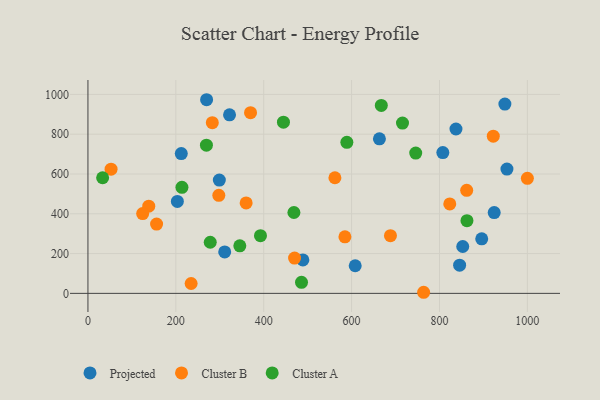
{"axis": {"x": "Study Hours", "y": "Profit"}, "legend": ["Cluster A", "Cluster B", "Projected"], "data": [{"x": "807.6", "y": 707.9, "type": "Projected"}, {"x": "837.5", "y": 826.1, "type": "Projected"}, {"x": "852.9", "y": 235.7, "type": "Projected"}, {"x": "608.2", "y": 138.8, "type": "Projected"}, {"x": "299.0", "y": 569.5, "type": "Projected"}, {"x": "924.5", "y": 406.3, "type": "Projected"}, {"x": "489.1", "y": 168.0, "type": "Projected"}, {"x": "322.2", "y": 897.4, "type": "Projected"}, {"x": "203.5", "y": 462.0, "type": "Projected"}, {"x": "311.2", "y": 208.4, "type": "Projected"}, {"x": "270.0", "y": 973.3, "type": "Projected"}, {"x": "948.8", "y": 951.5, "type": "Projected"}, {"x": "845.8", "y": 141.5, "type": "Projected"}, {"x": "212.4", "y": 702.6, "type": "Projected"}, {"x": "953.5", "y": 624.5, "type": "Projected"}, {"x": "896.1", "y": 274.1, "type": "Projected"}, {"x": "663.3", "y": 776.8, "type": "Projected"}, {"x": "470.2", "y": 177.2, "type": "Cluster B"}, {"x": "360.0", "y": 454.5, "type": "Cluster B"}, {"x": "52.6", "y": 624.0, "type": "Cluster B"}, {"x": "861.9", "y": 517.8, "type": "Cluster B"}, {"x": "283.0", "y": 858.1, "type": "Cluster B"}, {"x": "562.0", "y": 581.2, "type": "Cluster B"}, {"x": "1000.0", "y": 578.1, "type": "Cluster B"}, {"x": "138.4", "y": 438.4, "type": "Cluster B"}, {"x": "297.8", "y": 492.7, "type": "Cluster B"}, {"x": "922.4", "y": 790.1, "type": "Cluster B"}, {"x": "823.4", "y": 449.4, "type": "Cluster B"}, {"x": "688.4", "y": 289.8, "type": "Cluster B"}, {"x": "124.5", "y": 401.1, "type": "Cluster B"}, {"x": "584.8", "y": 284.1, "type": "Cluster B"}, {"x": "234.8", "y": 49.7, "type": "Cluster B"}, {"x": "370.0", "y": 908.0, "type": "Cluster B"}, {"x": "156.2", "y": 348.3, "type": "Cluster B"}, {"x": "763.9", "y": 5.5, "type": "Cluster B"}, {"x": "392.6", "y": 289.9, "type": "Cluster A"}, {"x": "345.6", "y": 238.9, "type": "Cluster A"}, {"x": "486.0", "y": 55.4, "type": "Cluster A"}, {"x": "745.9", "y": 705.0, "type": "Cluster A"}, {"x": "269.6", "y": 744.8, "type": "Cluster A"}, {"x": "715.8", "y": 856.1, "type": "Cluster A"}, {"x": "33.4", "y": 581.2, "type": "Cluster A"}, {"x": "862.5", "y": 365.5, "type": "Cluster A"}, {"x": "278.3", "y": 256.9, "type": "Cluster A"}, {"x": "468.7", "y": 406.4, "type": "Cluster A"}, {"x": "444.9", "y": 860.5, "type": "Cluster A"}, {"x": "589.2", "y": 759.4, "type": "Cluster A"}, {"x": "667.6", "y": 944.6, "type": "Cluster A"}, {"x": "213.9", "y": 533.2, "type": "Cluster A"}]}